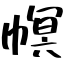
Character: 幎